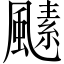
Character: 𩘣